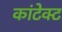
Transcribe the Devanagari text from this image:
कांटेक्‍ट